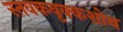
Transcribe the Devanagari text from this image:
स्तवकवृक्कशोथ